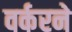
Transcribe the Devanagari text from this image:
वर्करने